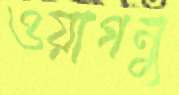
ওয়াগনু